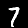
Label: 7